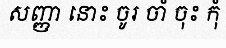
សញ្ញា នោះ ចូរ ចាំ ចុះ កុំ